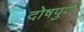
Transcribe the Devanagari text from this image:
दोषपुर्ण